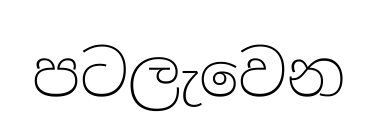
පටලැවෙන